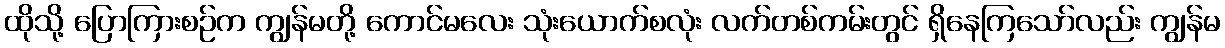
ထိုသို့ ပြောကြားစဉ်က ကျွန်မတို့ ကောင်မလေး သုံးယောက်စလုံး လက်တစ်ကမ်းတွင် ရှိနေကြသော်လည်း ကျွန်မ